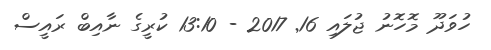
ހުވަދޫ މޮހޮނު ޖުލައި 16